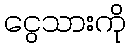
ငွေသားကို